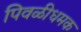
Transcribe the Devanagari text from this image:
पिवळीधमक